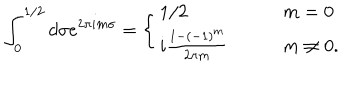
LaTeX: \int _ { 0 } ^ { 1 / 2 } d \sigma e ^ { 2 \pi i m \sigma } = \left\{ \begin{array} { l l } { { 1 / 2 \qquad } } & { { m = 0 } } \\ { { i \frac { 1 - ( - 1 ) ^ { m } } { 2 \pi m } \qquad } } & { { m \neq 0 . } } \\ \end{array} \right.